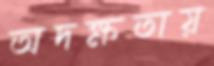
অদক্ষতায়